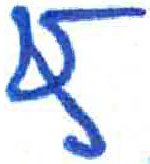
אות: ץ